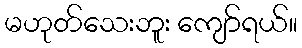
မဟုတ်သေးဘူး ကျော်ရယ်။